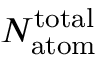
N _ { \mathrm { a t o m } } ^ { \mathrm { t o t a l } }